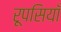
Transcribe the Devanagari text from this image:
रूपसियाँ